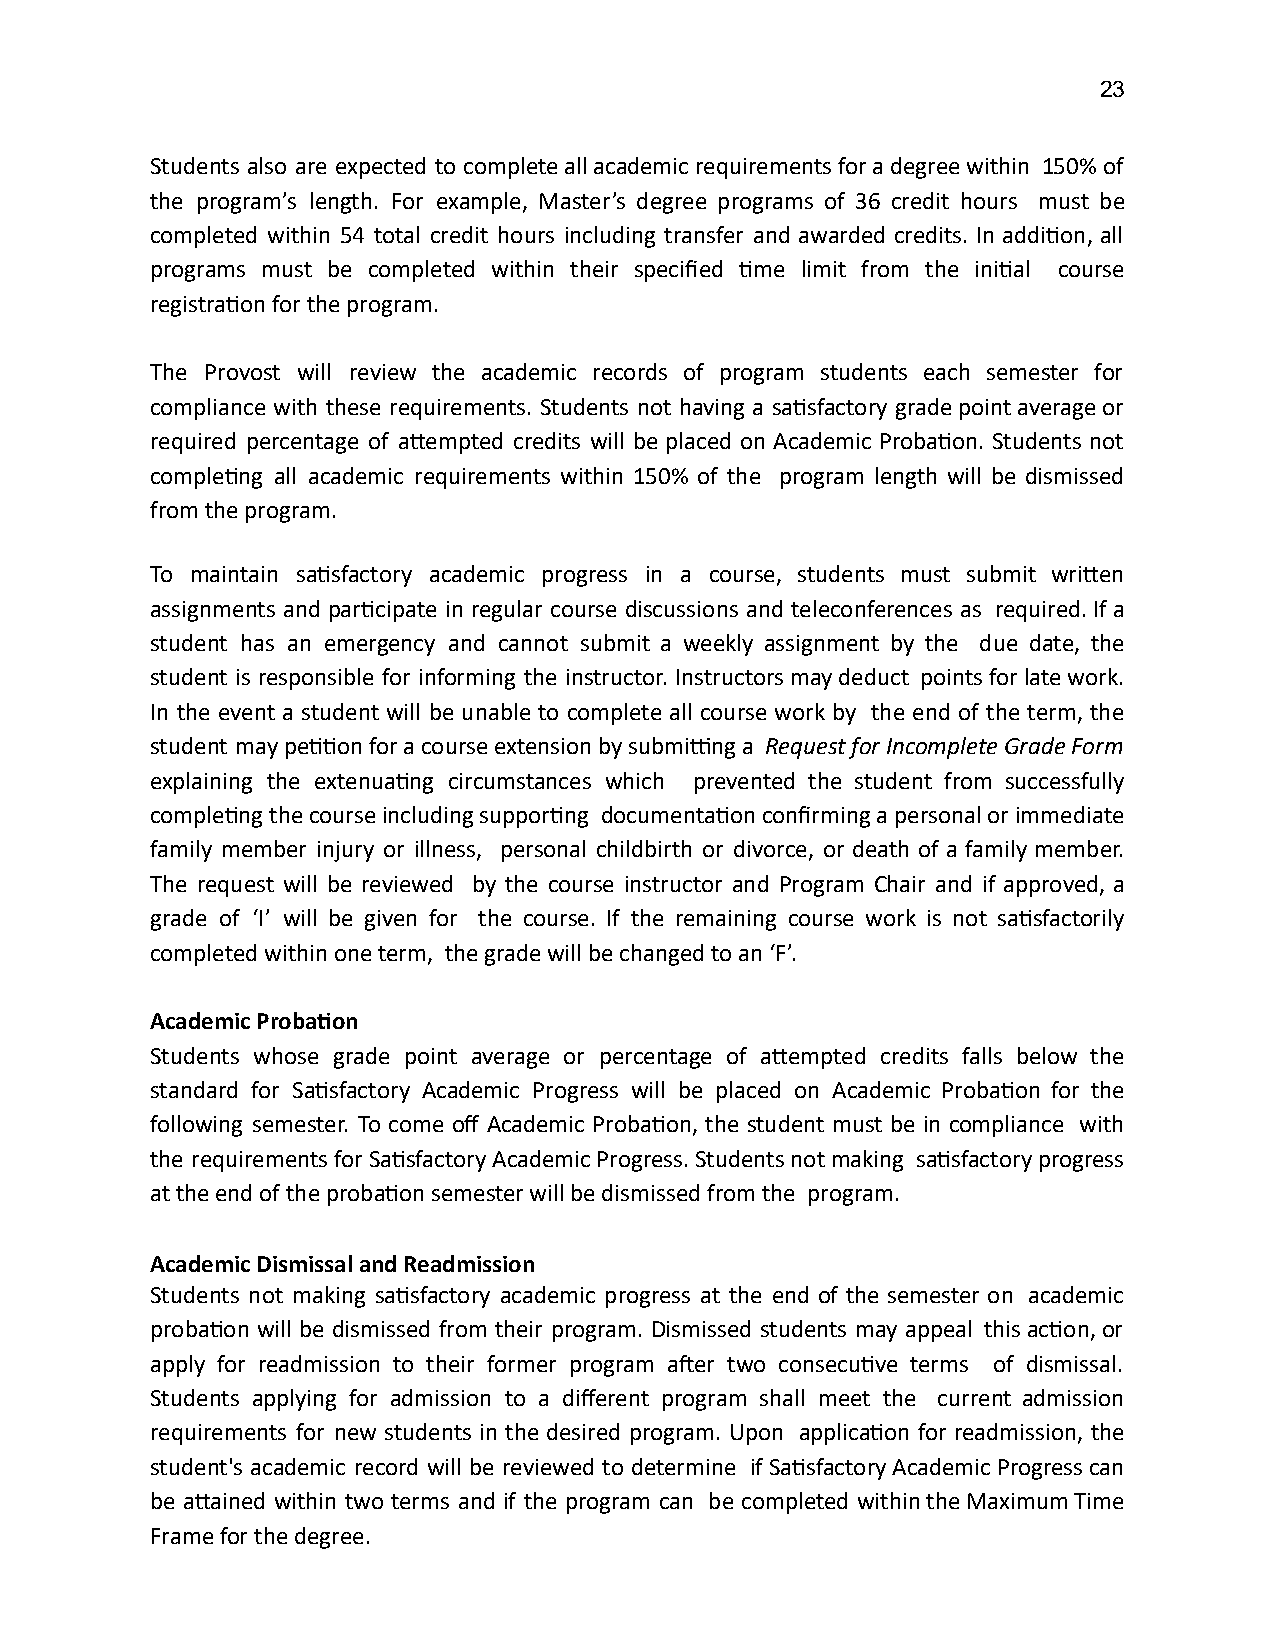
23
 Students also are expected to complete all academic requirements for a degree within 150% of
 the program’s length. For example, Master’s degree programs of 36 credit hours must be
 completed within 54 total credit hours including transfer and awarded credits. In addion, all
 programs must be completed within their specified me limit from the inial course
 registraon for the program.
 The Provost will review the academic records of program students each semester for
 compliance with these requirements. Students not having a sasfactory grade point average or
 required percentage of aempted credits will be placed on Academic Probaon. Students not
 compleng all academic requirements within 150% of the program length will be dismissed
 from the program.
 To maintain sasfactory academic progress in a course, students must submit wrien
 assignments and parcipate in regular course discussions and teleconferences as required. If a
 student has an emergency and cannot submit a weekly assignment by the due date, the
 student is responsible for informing the instructor. Instructors may deduct points for late work.
 In the event a student will be unable to complete all course work by the end of the term, the
 student may peon for a course extension by subming a Request for Incomplete Grade Form
 explaining the extenuang circumstances which prevented the student from successfully
 compleng the course including supporng documentaon confirming a personal or immediate
 family member injury or illness, personal childbirth or divorce, or death of a family member.
 The request will be reviewed by the course instructor and Program Chair and if approved, a
 grade of ‘I’ will be given for the course. If the remaining course work is not sasfactorily
 completed within one term, the grade will be changed to an ‘F’.
 Academic Probaon
 Students whose grade point average or percentage of aempted credits falls below the
 standard for Sasfactory Academic Progress will be placed on Academic Probaon for the
 following semester. To come off Academic Probaon, the student must be in compliance with
 the requirements for Sasfactory Academic Progress. Students not making sasfactory progress
 at the end of the probaon semester will be dismissed from the program.
 Academic Dismissal and Readmission
 Students not making sasfactory academic progress at the end of the semester on academic
 probaon will be dismissed from their program. Dismissed students may appeal this acon, or
 apply for readmission to their former program aer two consecuve terms of dismissal.
 Students applying for admission to a different program shall meet the current admission
 requirements for new students in the desired program. Upon applicaon for readmission, the
 student's academic record will be reviewed to determine if Sasfactory Academic Progress can
 be aained within two terms and if the program can be completed within the Maximum Time
 Frame for the degree.